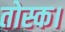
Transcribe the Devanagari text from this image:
तोस्क।